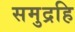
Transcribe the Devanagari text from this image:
समुद्रहि